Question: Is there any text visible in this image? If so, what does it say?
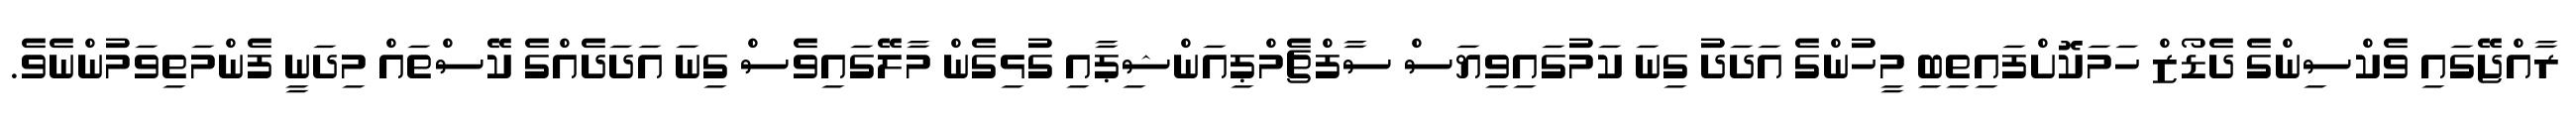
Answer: ރާއްޖޭގައި ވެކްސިންގެ ދެޑޯޒް ހަމަކޮށްފައިތިބި މީހުންގެ އަދަދު ގިނަ ކަމުގައިވިޔަސް ސާފްޗެމްޕިއަންޝިޕާއި ގުޅިގެން މާލޭގައިވެސް ގިނަ އަދަދެއްގެ ކޭސްތައް މިދަނީ ފެންމަތިވަމުންނެވެ.